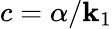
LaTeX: c=\alpha/\mathbf{k}_{1}